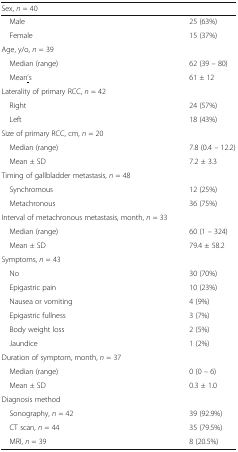
| Sex, n = 40 |  |
 | --- | --- |
 | Male | 25 (63%) |
 | Female | 15 (37%) |
 | Age, y/o, n = 39 |  |
 | Median (range) | 62 (39 – 80) |
 | Mean<underline>’</underline>s | 61 ± 12 |
 | Laterality of primary RCC, n = 42 |  |
 | Right | 24 (57%) |
 | Left | 18 (43%) |
 | Size of primary RCC, cm, n = 20 |  |
 | Median (range) | 7.8 (0.4 – 12.2) |
 | Mean ± SD | 7.2 ± 3.3 |
 | Timing of gallbladder metastasis, n = 48 |  |
 | Synchromous | 12 (25%) |
 | Metachronous | 36 (75%) |
 | Interval of metachronous metastasis, month, n = 33 |  |
 | Median (range) | 60 (1 – 324) |
 | Mean ± SD | 79.4 ± 58.2 |
 | Symptoms, n = 43 |  |
 | No | 30 (70%) |
 | Epigastric pain | 10 (23%) |
 | Nausea or vomiting | 4 (9%) |
 | Epigastric fullness | 3 (7%) |
 | Body weight loss | 2 (5%) |
 | Jaundice | 1 (2%) |
 | Duration of symptom, month, n = 37 |  |
 | Median (range) | 0 (0 – 6) |
 | Mean ± SD | 0.3 ± 1.0 |
 | Diagnosis method |  |
 | Sonography, n = 42 | 39 (92.9%) |
 | CT scan, n = 44 | 35 (79.5%) |
 | MRI, n = 39 | 8 (20.5%) |